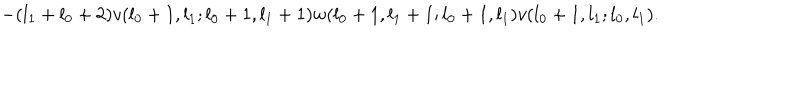
LaTeX: - ( l _ { 1 } + l _ { 0 } + 2 ) v ( l _ { 0 } + 1 , l _ { 1 } ; l _ { 0 } + 1 , l _ { 1 } + 1 ) w ( l _ { 0 } + 1 , l _ { 1 } + 1 ; l _ { 0 } + 1 , l _ { 1 } ) v ( l _ { 0 } + 1 , l _ { 1 } ; l _ { 0 } , l _ { 1 } ) .